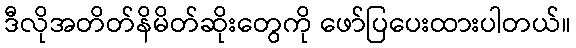
ဒီလိုအတိတ်နိမိတ်ဆိုးတွေကို ဖော်ပြပေးထားပါတယ်။